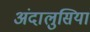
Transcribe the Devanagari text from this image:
अंदालुसिया